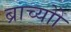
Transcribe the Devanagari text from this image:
ब्राच्योो